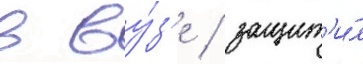
в ву́з'е / защит'и́л